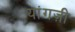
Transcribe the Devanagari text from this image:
यांगज़ी